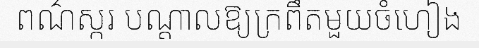
ពណ៌ស្ករ បណ្តាលឱ្យក្រពឹតមួយចំហៀង